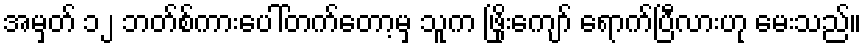
အမှတ် ၁၂ ဘတ်စ်ကားပေါ်တက်တော့မှ သူက ဖြိုးကျော် ရောက်ပြီလားဟု မေးသည်။